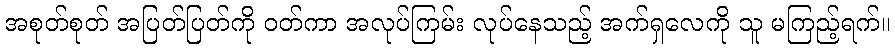
အစုတ်စုတ် အပြတ်ပြတ်ကို ဝတ်ကာ အလုပ်ကြမ်း လုပ်နေသည့် အက်ရှလေကို သူ မကြည့်ရက်။